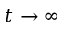
t \to \infty